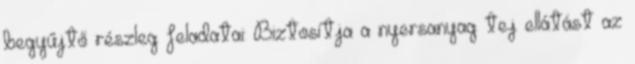
begyűjtő részleg feladatai: Biztosítja a nyersanyag tej ellátást az